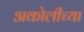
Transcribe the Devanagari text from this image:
अकोलीच्या